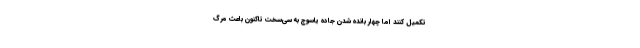
تکمیل کنند اما چهار بانده شدن جاده یاسوج به سی‌سخت تاکنون باعث مرگ